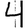
Digit: 4